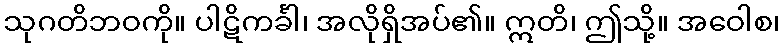
သုဂတိဘဝကို။ ပါဋိကင်္ခါ၊ အလိုရှိအပ်၏။ ဣတိ၊ ဤသို့။ အဝေါစ၊